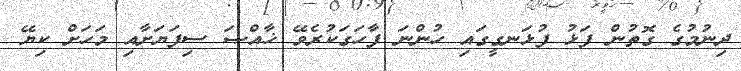
ދިނުމުގެ ގޮތުން ފަޅު ފުޅަނގީގައި ހުންނަ ފާހަގަކުރެވޭ ޚާއްޞަ ސިފަޔަށާއި މަހަށް ކިޔޭ